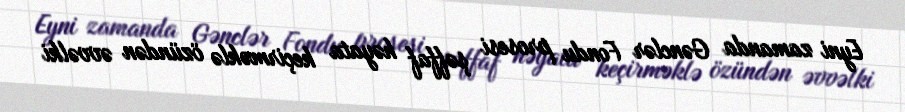
Eyni zamanda Gənclər Fondu prosesi şəffaf həyata keçirməklə özündən əvvəlki